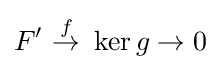
F'\ {\overset {f}{\to }}\ \ker g\to 0